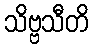
သိဗ္ဗသီတိ